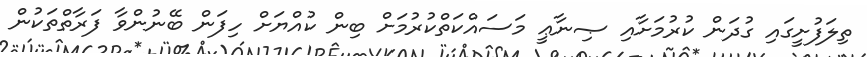
ތިލަފުށީގައި ގުދަން ކުރުމަށާއި ޞިނާޢީ މަސައްކަތްކުރުމަށް ބިން ކުއްޔަށް ހިފަން ބޭނުންވާ ފަރާތްތަކުން